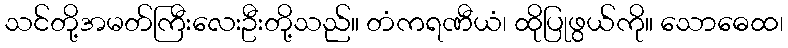
သင်တို့အမတ်ကြီးလေးဦးတို့သည်။ တံကရဏီယံ၊ ထိုပြုဖွယ်ကို။ သောဓေထ၊